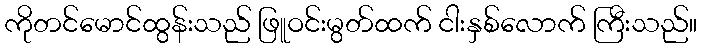
ကိုတင်မောင်ထွန်းသည် ဖြူဝင်းမွတ်ထက် ငါးနှစ်လောက် ကြီးသည်။